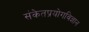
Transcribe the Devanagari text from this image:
संकेतप्रयोगविज्ञान